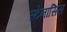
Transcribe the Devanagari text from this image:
स्टेनासिस